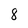
Character: 8